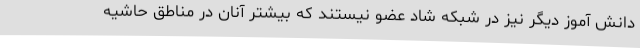
دانش آموز دیگر نیز در شبکه شاد عضو نیستند که بیشتر آنان در مناطق حاشیه